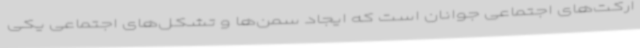
ارکت‌های اجتماعی جوانان است که ایجاد سمن‌ها و تشکل‌های اجتماعی یکی